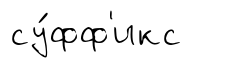
су́фф'икс